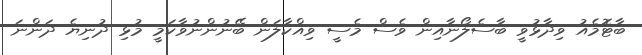
ބާޓޮމެއު ވިދާޅުވީ ބާސެލޯނާއިން ވެސް މެސީ ވިއްކާލަން ބޭނުންނުވާކަމީ މުޅި ދުނިޔެ ދަންނަ